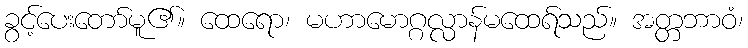
ခွင့်ပေးတော်မူ၏။ ထေရော၊ မဟာမောဂ္ဂလ္လာန်မထေရ်သည်။ အတ္တဘာဝံ၊